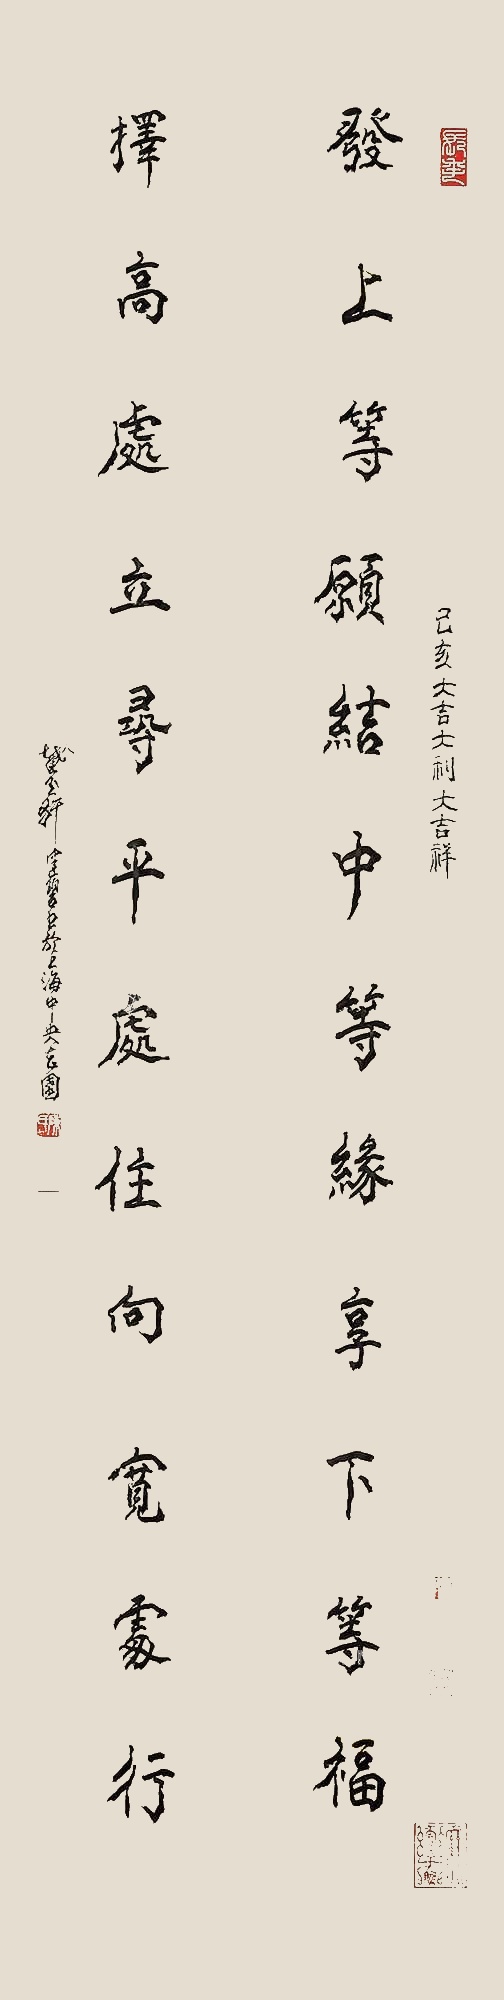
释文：发上等愿结中等缘享下等福，择高处立寻平处住向宽处行。己亥岁大吉大利大吉祥，截玉轩健碧沪上书。